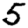
Digit: 5